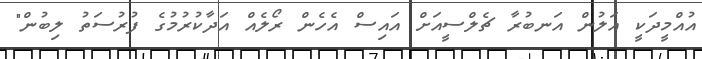
އުއްމީދަކީ އަލުން އަނބުރާ ޗެލްސީއަށް އައިސް އެހެން ރޯލެއް އަދާކުރުމުގެ ފުރުސަތު ލިބުން"